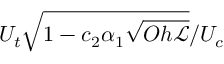
U _ { t } \sqrt { 1 - c _ { 2 } \alpha _ { 1 } \sqrt { O h { \mathscr { L } } } } / U _ { c }